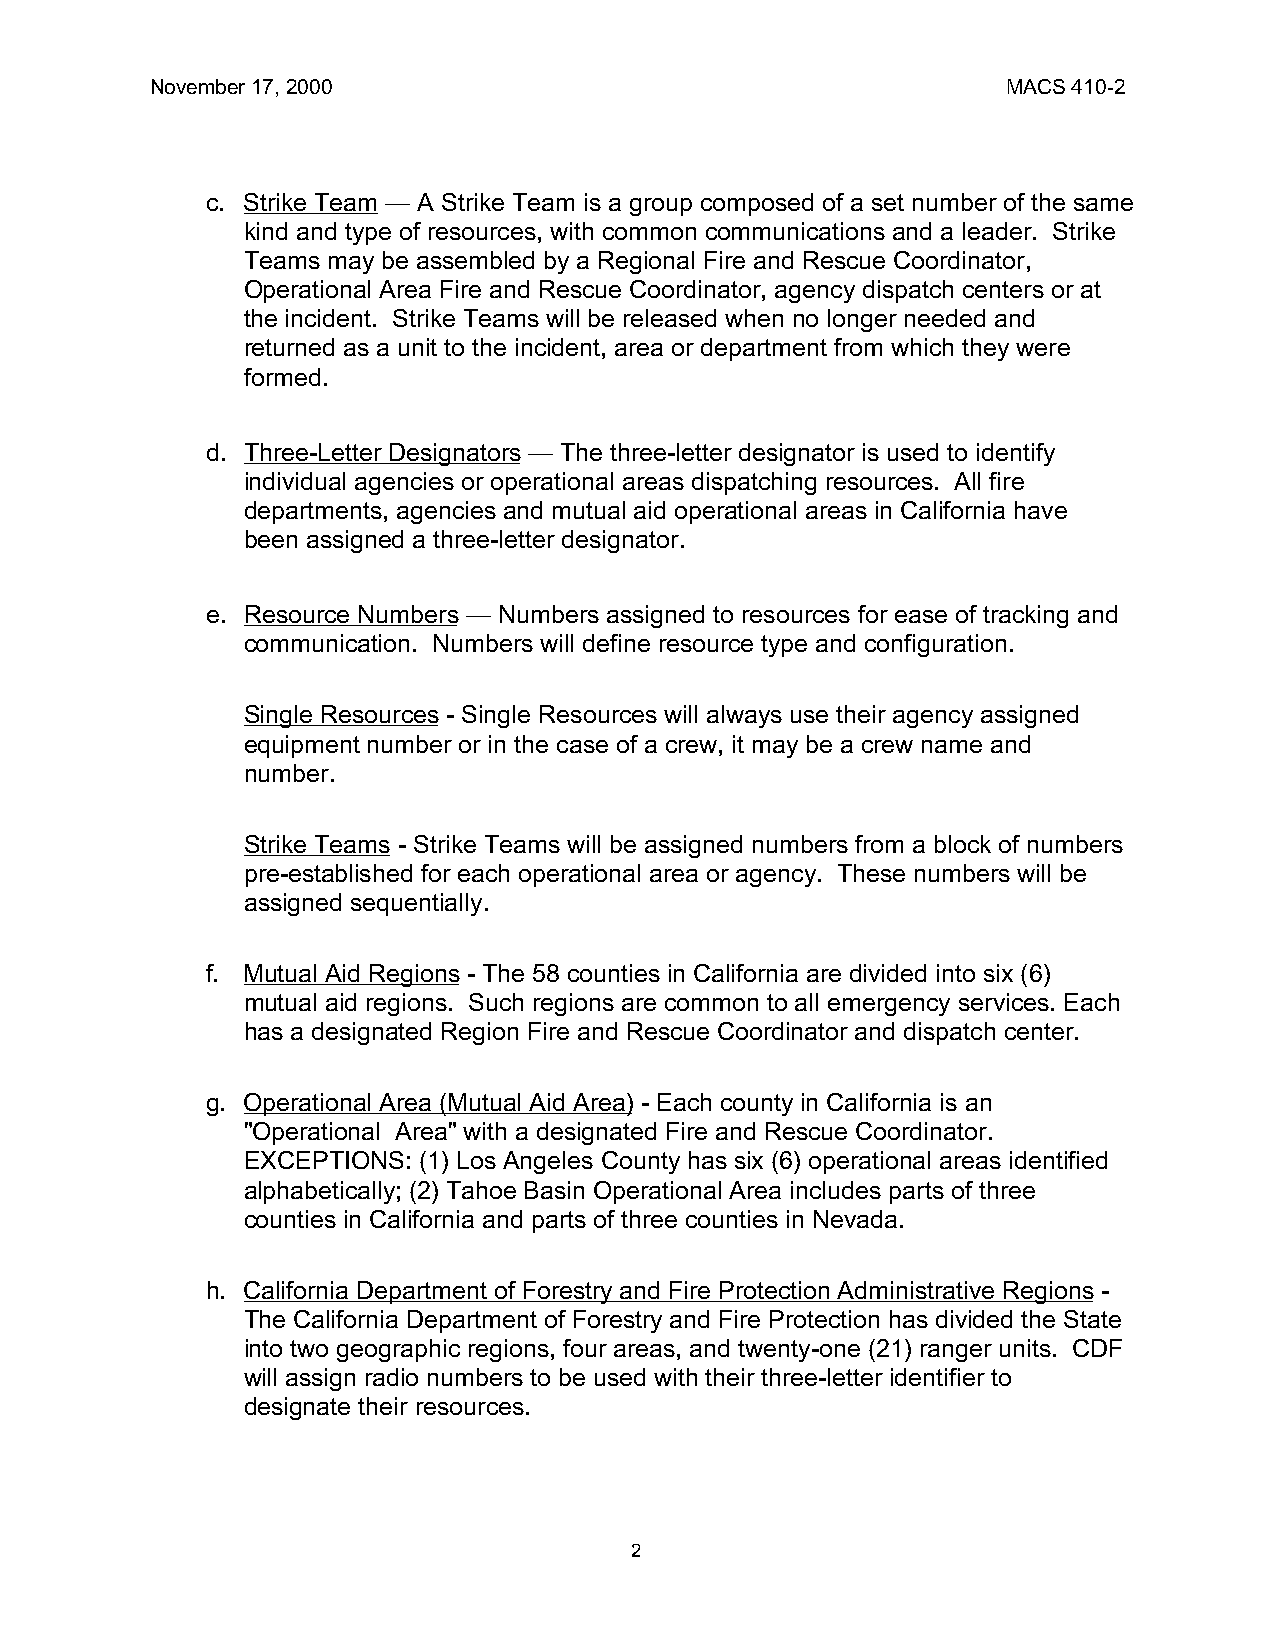
November 17, 2000                                        MACS 410-2
 c. Strike Team — A Strike Team is a group composed of a set number of the same
 kind and type of resources, with common communications and a leader. Strike
 Teams may be assembled by a Regional Fire and Rescue Coordinator,
 Operational Area Fire and Rescue Coordinator, agency dispatch centers or at
 the incident. Strike Teams will be released when no longer needed and
 returned as a unit to the incident, area or department from which they were
 formed.
 d. Three-Letter Designators — The three-letter designator is used to identify
 individual agencies or operational areas dispatching resources. All fire
 departments, agencies and mutual aid operational areas in California have
 been assigned a three-letter designator.
 e. Resource Numbers — Numbers assigned to resources for ease of tracking and
 communication. Numbers will define resource type and configuration.
 Single Resources - Single Resources will always use their agency assigned
 equipment number or in the case of a crew, it may be a crew name and
 number.
 Strike Teams - Strike Teams will be assigned numbers from a block of numbers
 pre-established for each operational area or agency. These numbers will be
 assigned sequentially.
 f. Mutual Aid Regions - The 58 counties in California are divided into six (6)
 mutual aid regions. Such regions are common to all emergency services. Each
 has a designated Region Fire and Rescue Coordinator and dispatch center.
 g. Operational Area (Mutual Aid Area) - Each county in California is an
 "Operational Area" with a designated Fire and Rescue Coordinator.
 EXCEPTIONS: (1) Los Angeles County has six (6) operational areas identified
 alphabetically; (2) Tahoe Basin Operational Area includes parts of three
 counties in California and parts of three counties in Nevada.
 h. California Department of Forestry and Fire Protection Administrative Regions -
 The California Department of Forestry and Fire Protection has divided the State
 into two geographic regions, four areas, and twenty-one (21) ranger units. CDF
 will assign radio numbers to be used with their three-letter identifier to
 designate their resources.
 2